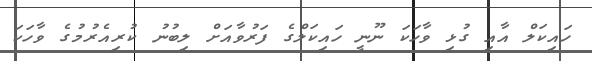
ހައިކަލް އާއި ގުޅި ވާހަކަ ނޫނީ ހައިކަލްގެ ފަރުވާއަށް ލިބުނު ކުރިއެރުމުގެ ވާހަކަ